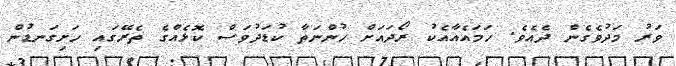
ވަރު މަދުވެގެން ދެއެވެ. ހަމައެއާއެކު ރޯދައަށް ހުންނަތާ ކުޑަދުވަސް ކޮޅެއްގެ ތެރޭގައި ހަށިގަނޑުން